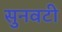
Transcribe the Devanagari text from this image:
सुनवटी